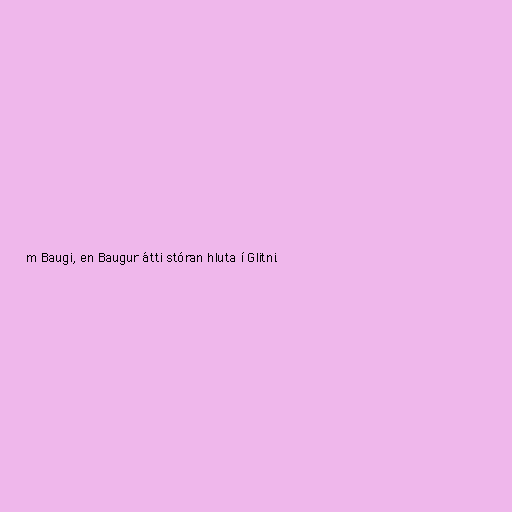
m Baugi, en Baugur átti stóran hluta í Glitni.